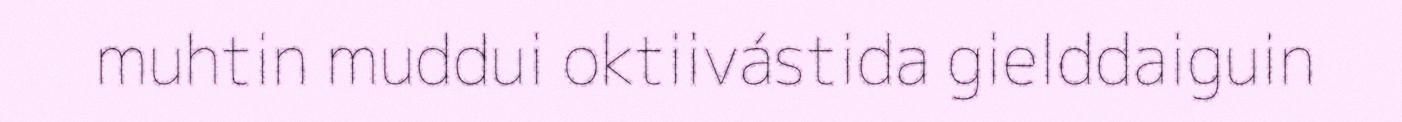
muhtin muddui oktiivástida gielddaiguin